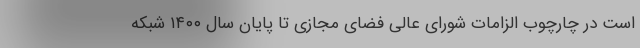
است در چارچوب الزامات شورای عالی فضای مجازی تا پایان سال ۱۴۰۰ شبکه